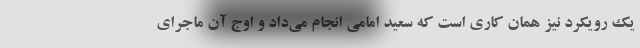
یک رویکرد نیز همان کاری است که سعید امامی انجام می‌داد و اوج آن ماجرای